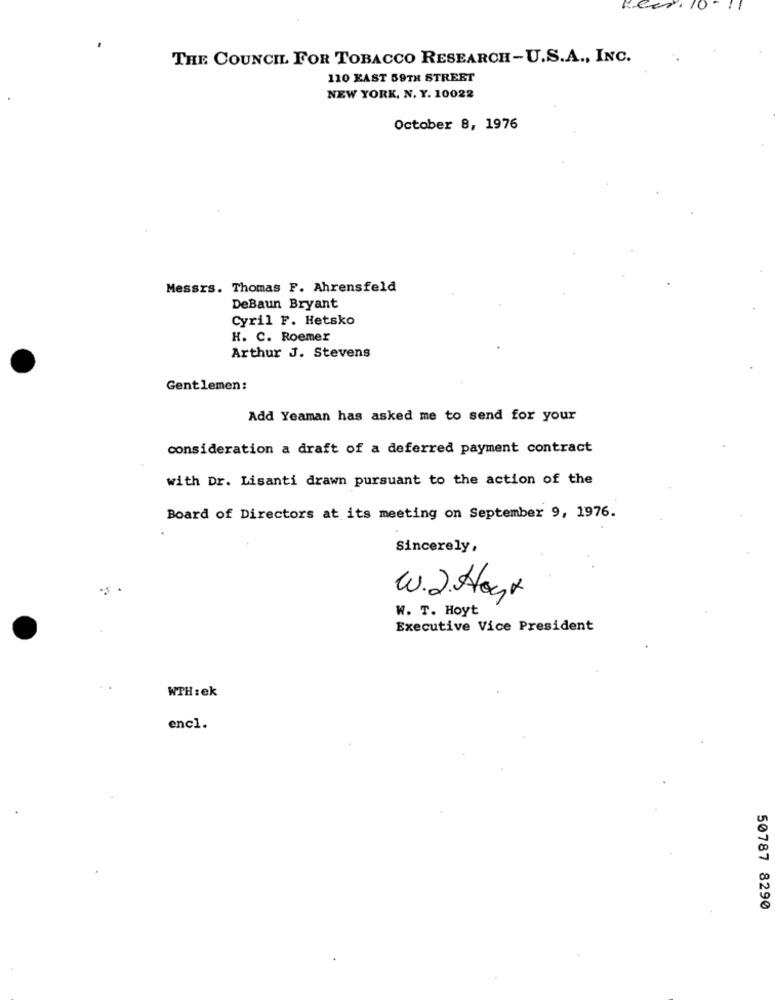
THE COUNCIL FOR TOBACCO RESEARCH-U.S.A ., INC.
110 EAST 59TH STREET
NEW YORK, N. Y. 10022
October 8, 1976
Messrs. Thomas F. Ahrensfeld
DeBaun Bryant
Cyril F. Hetsko
H. C. Roemer
Arthur J. Stevens
Gentlemen:
Add Yeaman has asked me to send for your
consideration a draft of a deferred payment contract
with Dr. Lisanti drawn pursuant to the action of the
Board of Directors at its meeting on September 9, 1976.
Sincerely,
W.2. Aast
W. T. Hoyt
Executive Vice President
WTH : ek
encl.
50787 8290